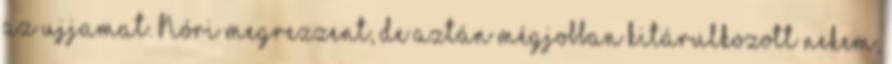
az ujjamat. Nóri megrezzent, de aztán mégjobban kitárulkozott nekem,